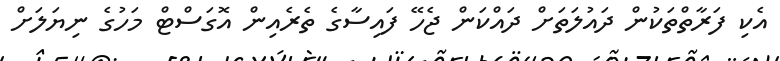
އެކި ފަރާތްތަކުން ދައުލަތަށް ދައްކަން ޖެހޭ ފައިސާގެ ތެރެއިން އޮގަސްޓް މަހުގެ ނިޔަލަށް